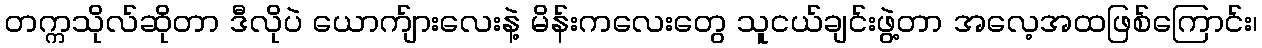
တက္ကသိုလ်ဆိုတာ ဒီလိုပဲ ယောက်ျားလေးနဲ့ မိန်းကလေးတွေ သူငယ်ချင်းဖွဲ့တာ အလေ့အထဖြစ်ကြောင်း၊